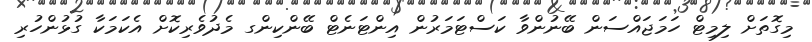
މިގޮތަށް ލިމިޓް ހަމަޖައްސަން ބޭނުންވާ ކަސްޓަމަރުން އިންޓަނެޓް ބޭންކިންގ މެދުވެރިކޮށް އެކަމަކާ ގުޅުންހުރި